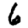
Digit: 6